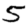
Digit: 5